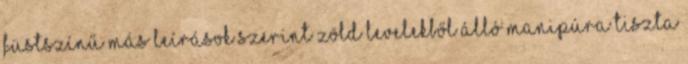
füstszínű más leírások szerint zöld levelekből álló manipúra tiszta